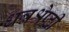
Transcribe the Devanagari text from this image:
धन्नश्रेष्ठी